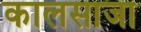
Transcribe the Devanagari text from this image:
कालसाजा